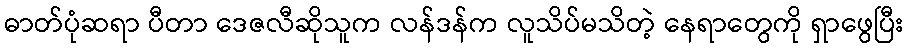
ဓာတ်ပုံဆရာ ပီတာ ဒေဇလီဆိုသူက လန်ဒန်က လူသိပ်မသိတဲ့ နေရာတွေကို ရှာဖွေပြီး